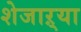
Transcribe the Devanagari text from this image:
शेजाऱ्या